Civil Veterinary Dept. Assam report 1927-50 - 1927-1950
Year: 1927
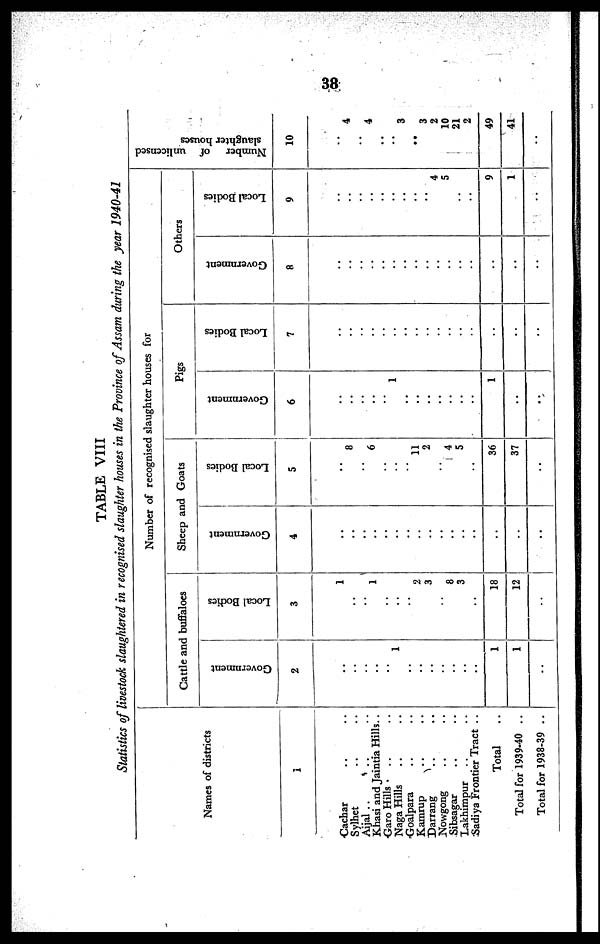
38
TABLE VIII
Statistics of livestock slaughtered in recognised slaughter houses in the Province of Assam during the year
1940-41
Names of districts
1
Cachar .. ..
Sylhet .. ..
Aijal .. .. ..
Khasi and Jaintia Hills..
Garo Hills
.. ..
Naga Hills .. ..
Goalpara .. ..
Kamrup .. ..
Darrang .. ..
Nowgong .. ..
Sibsagar .. ..
Lakhimpur .. ..
Sadiya Frontier Tract ..
Total ..
Total for 1939-40 ..
Total for 1938-39 ..
Number of recognised slaughter houses for
Cattle and buffaloes
Government
2
..
..
..
..
..
1
..
..
..
..
..
..
..
1
1
..
Local Bodies
3
1
..
..
1
..
..
..
2
3
..
8
3
..
18
12
..
Sheep and Goats
Government
4
..
..
..
..
..
..
..
..
..
..
..
..
..
..
..
..
Local Bodies
5
..
8
..
6
..
..
..
11
2
..
4
5
..
36
37
..
Pigs
Government
6
..
..
..
..
..
1
..
..
..
..
..
..
..
1
..
..
Local Bodies
7
..
..
..
..
..
..
..
..
..
..
..
..
..
..
..
..
Others
Government
8
..
..
..
..
..
..
..
..
..
..
..
..
..
..
..
..
Local Bodies
9
..
..
..
..
..
..
..
..
..
4
5
..
..
9
1
..
Number
of unlicensed
slaughter houses
10
..
4
..
4
..
..
3
..
3
2
10
21
2
49
41
..